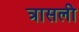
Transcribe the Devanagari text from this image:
त्रासली